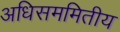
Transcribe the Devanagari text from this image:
अधिसममितीय